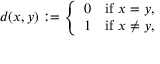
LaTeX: d ( x , y ) : = { \left\{ \begin{array} { l l } { 0 } & { { \mathrm { i f ~ } } x = y , } \\ { 1 } & { { \mathrm { i f ~ } } x \neq y , } \end{array} \right. }